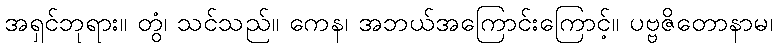
အရှင်ဘုရား။ တွံ၊ သင်သည်။ ကေန၊ အဘယ်အကြောင်းကြောင့်။ ပဗ္ဗဇိတောနာမ၊